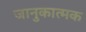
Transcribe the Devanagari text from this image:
जानुकात्मक